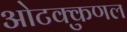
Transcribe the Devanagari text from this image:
ओटक्कुणल